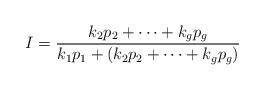
LaTeX: \begin{align*}I = \frac{k_2 p_2 + \cdots + k_g p_g}{k_1 p_1 + (k_2 p_2 + \cdots + k_g p_g)}\end{align*}